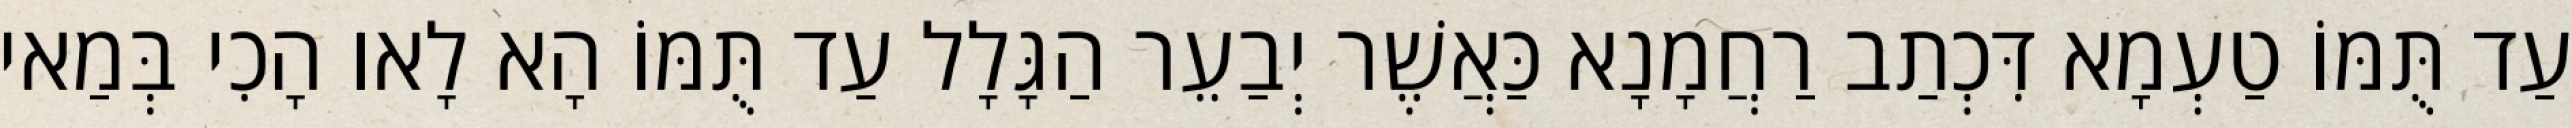
עַד תֻּמּוֹ טַעְמָא דִּכְתַב רַחֲמָנָא כַּאֲשֶׁר יְבַעֵר הַגָּלָל עַד תֻּמּוֹ הָא לָאו הָכִי בְּמַאי